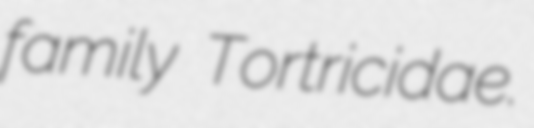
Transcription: family Tortricidae.